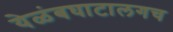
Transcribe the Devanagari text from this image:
येळंबघाटालगच